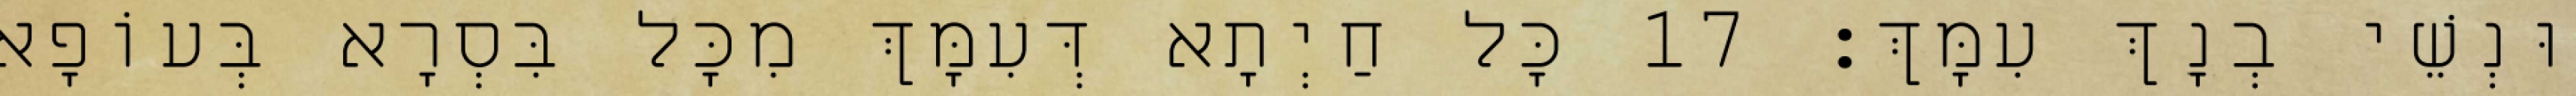
וּנְשֵׁי בְנָךְ עִמָּךְ׃ 17 כָּל חַיְתָא דְּעִמָּךְ מִכָּל בִּסְרָא בְּעוֹפָא